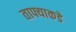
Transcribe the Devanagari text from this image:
ताफ्याकडे